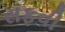
સફવી